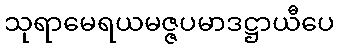
သုရာမေရယမဇ္ဇပမာဒဋ္ဌာယီပေ